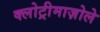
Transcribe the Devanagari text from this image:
क्लोट्रीमाज़ोले